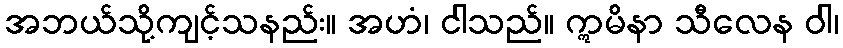
အဘယ်သို့ကျင့်သနည်း။ အဟံ၊ ငါသည်။ ဣမိနာ သီလေန ဝါ၊